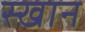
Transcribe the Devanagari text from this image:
स्खान